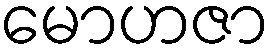
မောဟဇာ